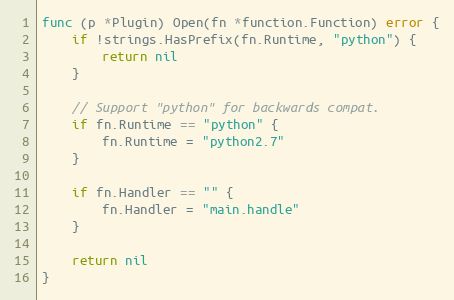
Language: Go
func (p *Plugin) Open(fn *function.Function) error {
	if !strings.HasPrefix(fn.Runtime, "python") {
		return nil
	}

	// Support "python" for backwards compat.
	if fn.Runtime == "python" {
		fn.Runtime = "python2.7"
	}

	if fn.Handler == "" {
		fn.Handler = "main.handle"
	}

	return nil
}